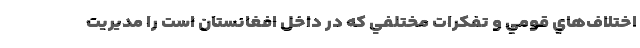
اختلاف‌هاي قومي و تفكرات مختلفي كه در داخل افغانستان است را مديريت